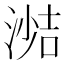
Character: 𪶼